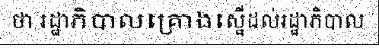
ថា រដ្ឋាភិបាលគ្រោងស្នើដល់រដ្ឋាភិបាល